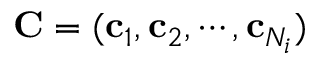
\mathbf { C } = ( \mathbf { c } _ { 1 } , \mathbf { c } _ { 2 } , \cdots , \mathbf { c } _ { N _ { i } } )